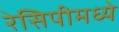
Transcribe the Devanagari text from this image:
रेसिपीमध्ये